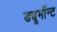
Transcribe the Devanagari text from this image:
ड्यूमॉन्ट